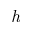
\textit { h }